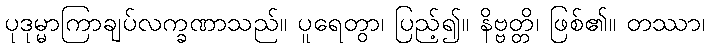
ပုဒုမ္မာကြာချပ်လက္ခဏာသည်။ ပူရေတွာ၊ ပြည့်၍။ နိဗ္ဗတ္တိ၊ ဖြစ်၏။ တဿာ၊